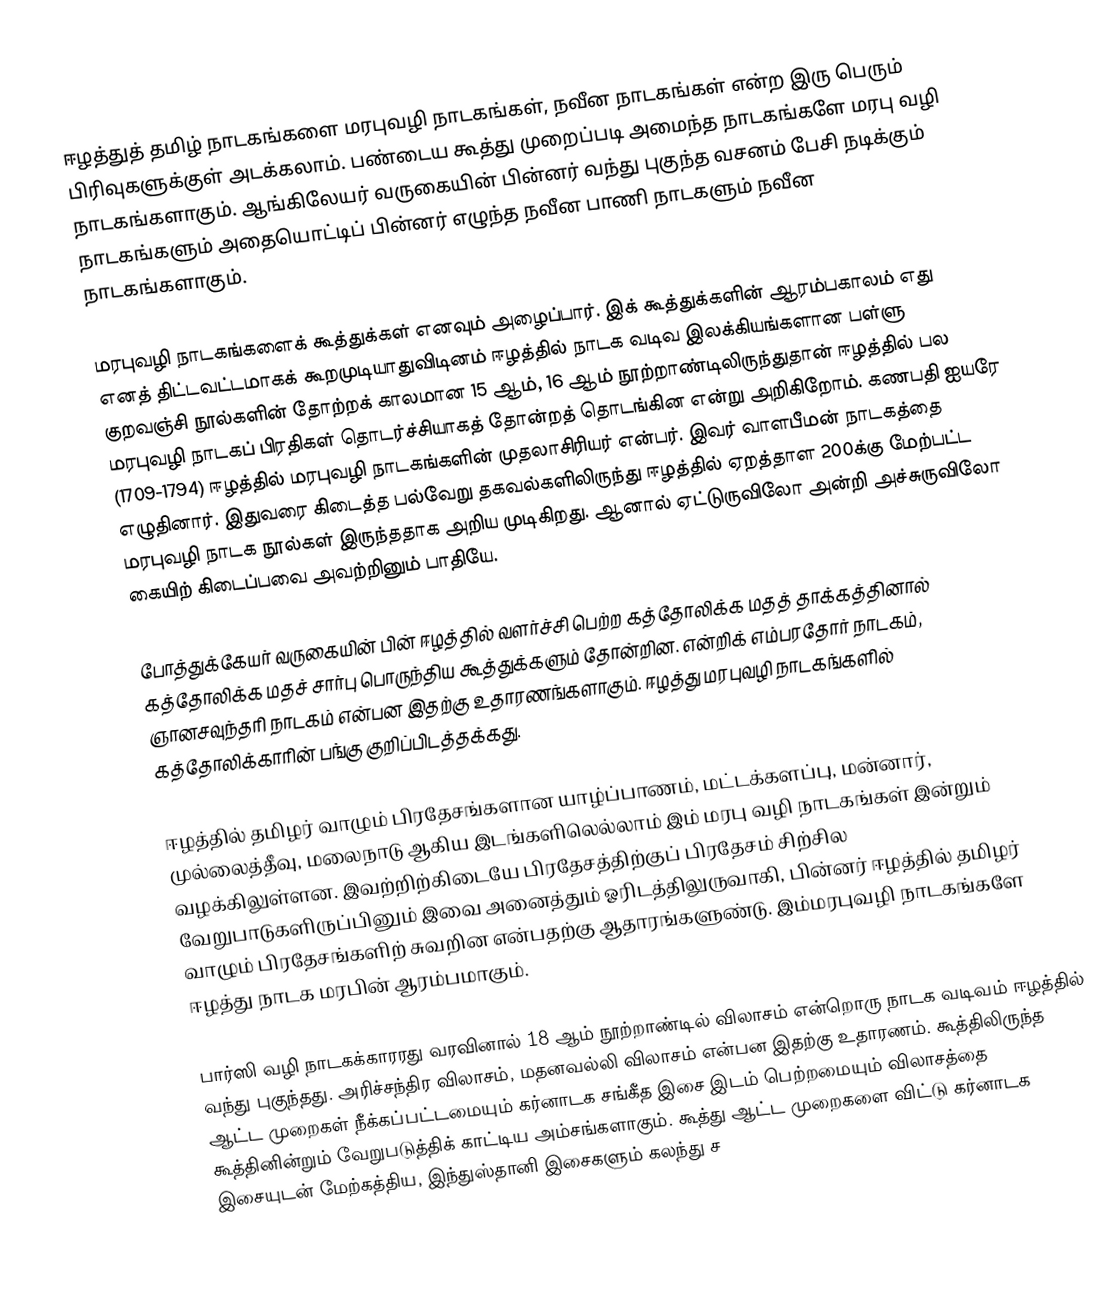
ஈழத்துத் தமிழ் நாடகங்களை மரபுவழி நாடகங்கள், நவீன நாடகங்கள் என்ற இரு பெரும் பிரிவுகளுக்குள் அடக்கலாம். பண்டைய கூத்து முறைப்படி அமைந்த நாடகங்களே மரபு வழி நாடகங்களாகும். ஆங்கிலேயர் வருகையின் பின்னர் வந்து புகுந்த வசனம் பேசி நடிக்கும் நாடகங்களும் அதையொட்டிப் பின்னர் எழுந்த நவீன பாணி நாடகளும் நவீன நாடகங்களாகும்.

மரபுவழி நாடகங்களைக் கூத்துக்கள் எனவும் அழைப்பார். இக் கூத்துக்களின் ஆரம்பகாலம் எது எனத் திட்டவட்டமாகக் கூறமுடியாதுவிடினம் ஈழத்தில் நாடக வடிவ இலக்கியங்களான பள்ளு குறவஞ்சி நூல்களின் தோற்றக் காலமான 15 ஆம், 16 ஆம் நூற்றாண்டிலிருந்துதான் ஈழத்தில் பல மரபுவழி நாடகப் பிரதிகள் தொடர்ச்சியாகத் தோன்றத் தொடங்கின என்று அறிகிறோம். கணபதி ஐயரே (1709-1794) ஈழத்தில் மரபுவழி நாடகங்களின் முதலாசிரியர் என்பர். இவர் வாளபீமன் நாடகத்தை எழுதினார். இதுவரை கிடைத்த பல்வேறு தகவல்களிலிருந்து ஈழத்தில் ஏறத்தாள 200க்கு மேற்பட்ட மரபுவழி நாடக நூல்கள் இருந்ததாக அறிய முடிகிறது. ஆனால் ஏட்டுருவிலோ அன்றி அச்சுருவிலோ கையிற் கிடைப்பவை அவற்றினும் பாதியே.

போத்துக்கேயர் வருகையின் பின் ஈழத்தில் வளர்ச்சி பெற்ற கத்தோலிக்க மதத் தாக்கத்தினால் கத்தோலிக்க மதச் சார்பு பொருந்திய கூத்துக்களும் தோன்றின. என்றிக் எம்பரதோர் நாடகம், ஞானசவுந்தரி நாடகம் என்பன இதற்கு உதாரணங்களாகும். ஈழத்து மரபுவழி நாடகங்களில் கத்தோலிக்காரின் பங்கு குறிப்பிடத்தக்கது.

ஈழத்தில் தமிழர் வாழும் பிரதேசங்களான யாழ்ப்பாணம், மட்டக்களப்பு, மன்னார், முல்லைத்தீவு, மலைநாடு ஆகிய இடங்களிலெல்லாம் இம் மரபு வழி நாடகங்கள் இன்றும் வழக்கிலுள்ளன. இவற்றிற்கிடையே பிரதேசத்திற்குப் பிரதேசம் சிற்சில வேறுபாடுகளிருப்பினும் இவை அனைத்தும் ஓரிடத்திலுருவாகி, பின்னர் ஈழத்தில் தமிழர் வாழும் பிரதேசங்களிற் சுவறின என்பதற்கு ஆதாரங்களுண்டு. இம்மரபுவழி நாடகங்களே ஈழத்து நாடக மரபின் ஆரம்பமாகும்.

பார்ஸி வழி நாடகக்காரரது வரவினால் 18 ஆம் நூற்றாண்டில் விலாசம் என்றொரு நாடக வடிவம் ஈழத்தில் வந்து புகுந்தது. அரிச்சந்திர விலாசம், மதனவல்லி விலாசம் என்பன இதற்கு உதாரணம். கூத்திலிருந்த ஆட்ட முறைகள் நீக்கப்பட்டமையும் கர்னாடக சங்கீத இசை இடம் பெற்றமையும் விலாசத்தை கூத்தினின்றும் வேறுபடுத்திக் காட்டிய அம்சங்களாகும். கூத்து ஆட்ட முறைகளை விட்டு கர்னாடக இசையுடன் மேற்கத்திய, இந்துஸ்தானி இசைகளும் கலந்து ச